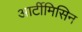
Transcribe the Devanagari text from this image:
आर्टीमिसिन